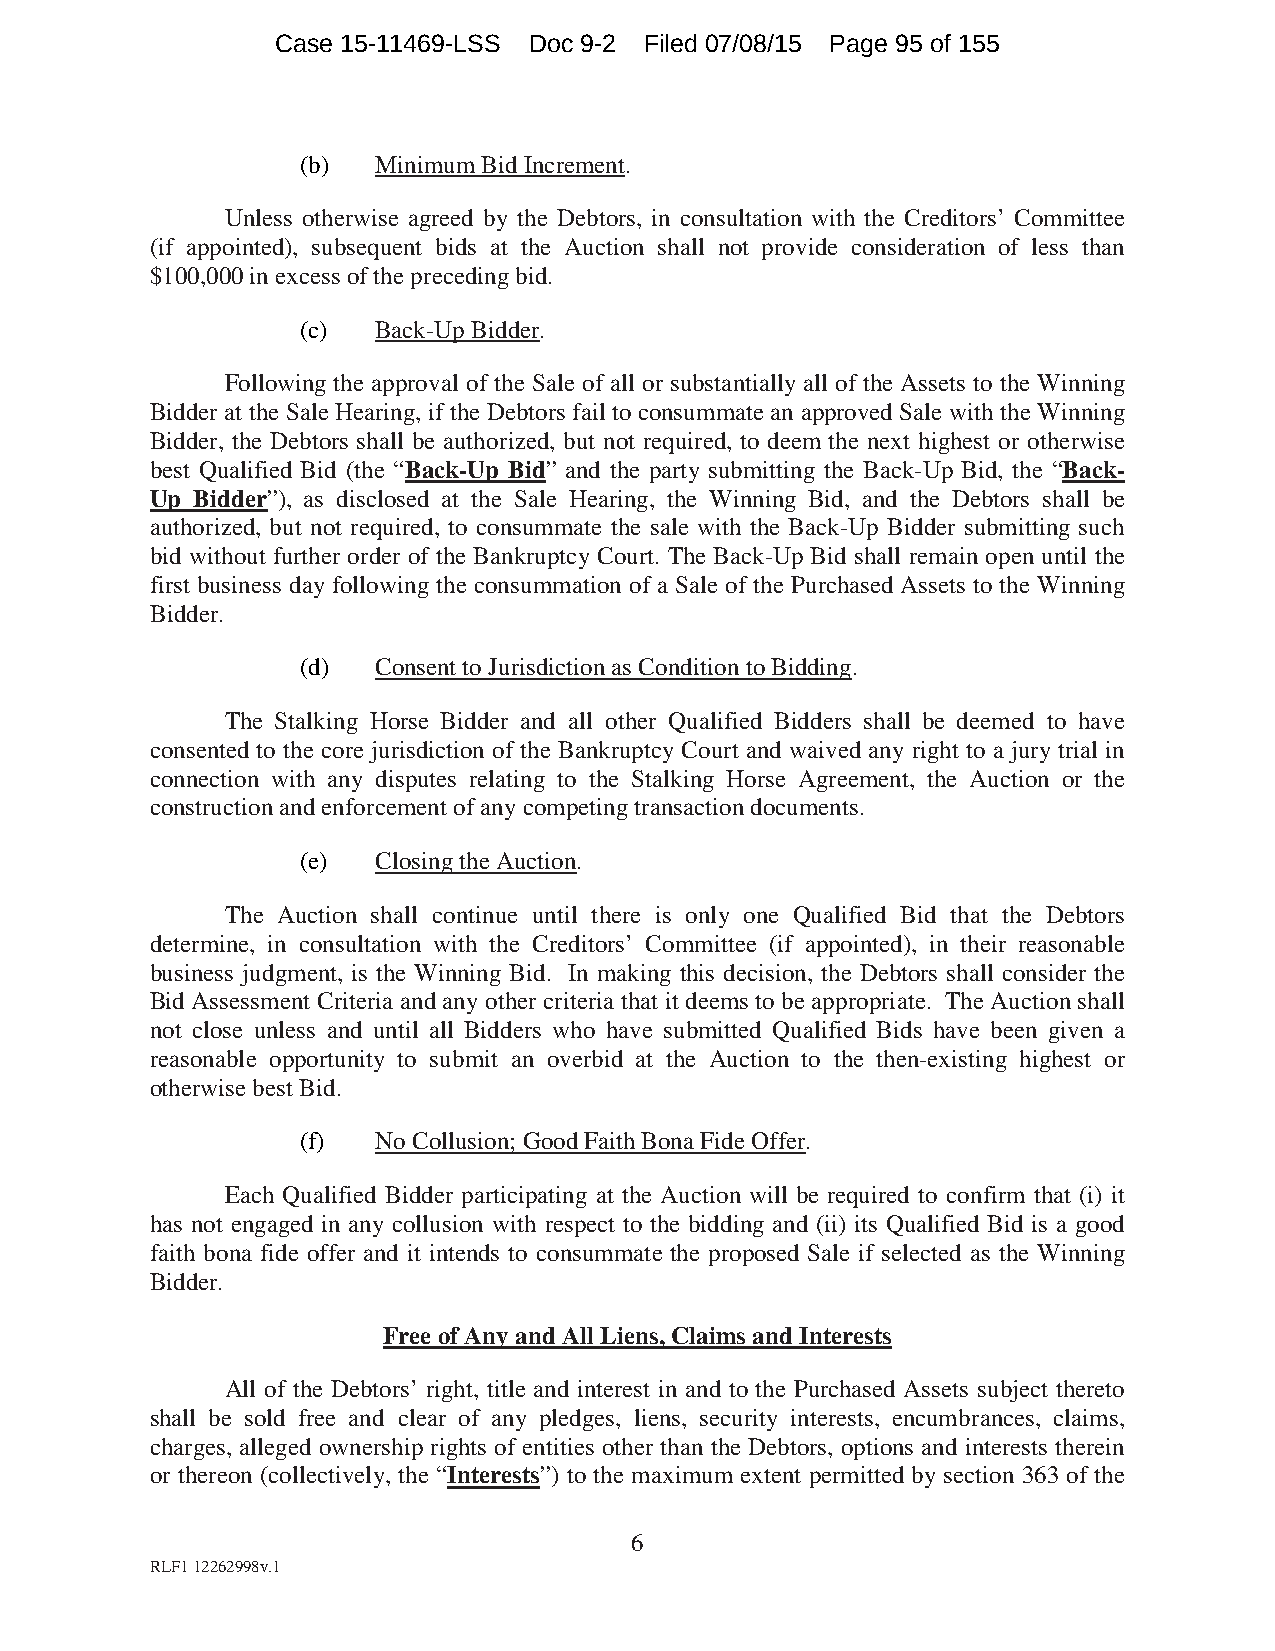
Case 15-11469-LSS Doc 9-2 Filed 07/08/15 Page 95 of 155
 (b)  Minimum Bid Increment.
 Unless otherwise agreed by the Debtors, in consultation with the Creditors’ Committee
 (if appointed), subsequent bids at the Auction shall not provide consideration of less than
 $100,000 in excess of the preceding bid.
 (c)  Back-Up Bidder.
 Following the approval of the Sale of all or substantially all of the Assets to the Winning
 Bidder at the Sale Hearing, if the Debtors fail to consummate an approved Sale with the Winning
 Bidder, the Debtors shall be authorized, but not required, to deem the next highest or otherwise
 best Qualified Bid (the “Back-Up Bid” and the party submitting the Back-Up Bid, the “Back-
 Up Bidder”), as disclosed at the Sale Hearing, the Winning Bid, and the Debtors shall be
 authorized, but not required, to consummate the sale with the Back-Up Bidder submitting such
 bid without further order of the Bankruptcy Court. The Back-Up Bid shall remain open until the
 first business day following the consummation of a Sale of the Purchased Assets to the Winning
 Bidder.
 (d)  Consent to Jurisdiction as Condition to Bidding.
 The Stalking Horse Bidder and all other Qualified Bidders shall be deemed to have
 consented to the core jurisdiction of the Bankruptcy Court and waived any right to a jury trial in
 connection with any disputes relating to the Stalking Horse Agreement, the Auction or the
 construction and enforcement of any competing transaction documents.
 (e)  Closing the Auction.
 The Auction shall continue until there is only one Qualified Bid that the Debtors
 determine, in consultation with the Creditors’ Committee (if appointed), in their reasonable
 business judgment, is the Winning Bid. In making this decision, the Debtors shall consider the
 Bid Assessment Criteria and any other criteria that it deems to be appropriate. The Auction shall
 not close unless and until all Bidders who have submitted Qualified Bids have been given a
 reasonable opportunity to submit an overbid at the Auction to the then-existing highest or
 otherwise best Bid.
 (f)  No Collusion; Good Faith Bona Fide Offer.
 Each Qualified Bidder participating at the Auction will be required to confirm that (i) it
 has not engaged in any collusion with respect to the bidding and (ii) its Qualified Bid is a good
 faith bona fide offer and it intends to consummate the proposed Sale if selected as the Winning
 Bidder.
 Free of Any and All Liens, Claims and Interests
 All of the Debtors’ right, title and interest in and to the Purchased Assets subject thereto
 shall be sold free and clear of any pledges, liens, security interests, encumbrances, claims,
 charges, alleged ownership rights of entities other than the Debtors, options and interests therein
 or thereon (collectively, the “Interests”) to the maximum extent permitted by section 363 of the
 6
 RLF1 12262998v.1